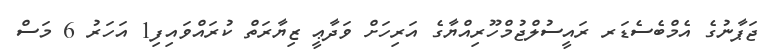
ޖަޕާނުގެ އެމްބެސެޑަރ ރައީސުލްޖުމްހޫރިއްޔާގެ އަރިހަށް ވަދާޢީ ޒިޔާރަތް ކުރައްވައިފި1 އަހަރު 6 މަސް